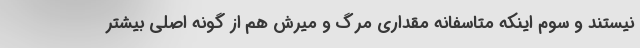
نیستند و سوم اینکه متاسفانه مقداری مرگ و میرش هم از گونه اصلی بیشتر